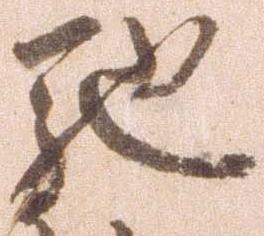
馳